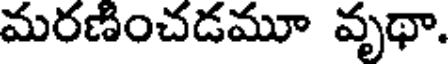
మరణించడమూ వృథా.